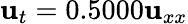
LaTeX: \mathbf{u}_{t}=0.5000\mathbf{u}_{xx}